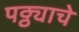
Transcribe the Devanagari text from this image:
पठ्ठ्याचे